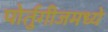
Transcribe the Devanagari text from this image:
पोर्तुगीजमध्ये